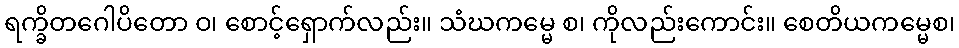
ရက္ခိတဂေါပိတော ဝ၊ စောင့်ရှောက်လည်း။ သံဃကမ္မေ စ၊ ကိုလည်းကောင်း။ စေတိယကမ္မေစ၊